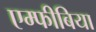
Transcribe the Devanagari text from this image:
एम्‍फीबिया